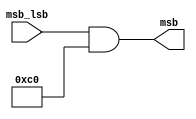
/* Author: Santosh Srivatsan	2017A8PS1924G */
/* SUB-MODULE : GENERATE MSB */

module a2_generate_msb(
		input [7:0] msb_lsb,
		output [7:0] msb
		);

	assign msb = msb_lsb & 8'b1100_0000;
endmodule

/*******************************************************************************************************************************************************************/

/* Testbench */

module a2_tb_generate_msb;
	reg [7:0] tb_msb_lsb;
	wire [7:0] tb_msb;
	
	/* Instantiating the generate msb module */
	a2_generate_msb MSB(.msb_lsb(tb_msb_lsb), .msb(tb_msb));

	initial #100 $finish;

	initial
	begin
		tb_msb_lsb = 8'b0000_1011;
		#10 tb_msb_lsb = 8'b1110_1001;
	end
endmodule

/*******************************************************************************************************************************************************************/